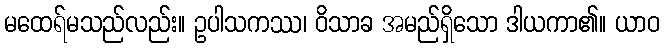
မထေရ်မသည်လည်း။ ဥပါသကဿ၊ ဝိသာခ အမည်ရှိသော ဒါယကာ၏။ ယာဝ